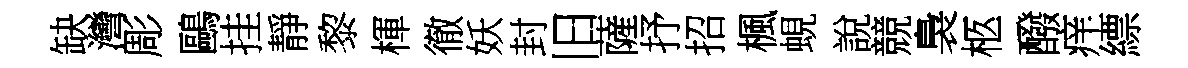
缺灣彫鷗挂靜黎楎徹妖封旧薩抒招楓蜆說競裊柩醱痒縹